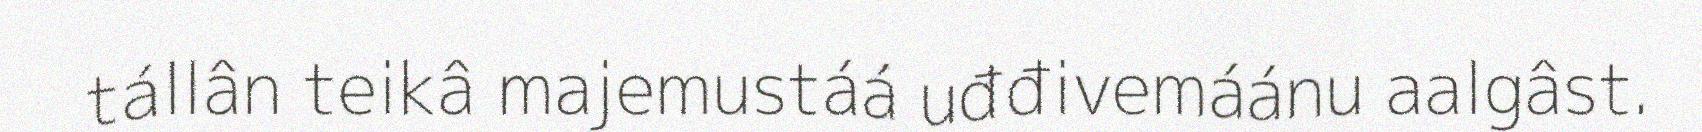
tállân teikâ majemustáá uđđivemáánu aalgâst.